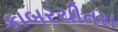
કાબરચીતરા